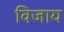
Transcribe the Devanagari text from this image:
विजाय